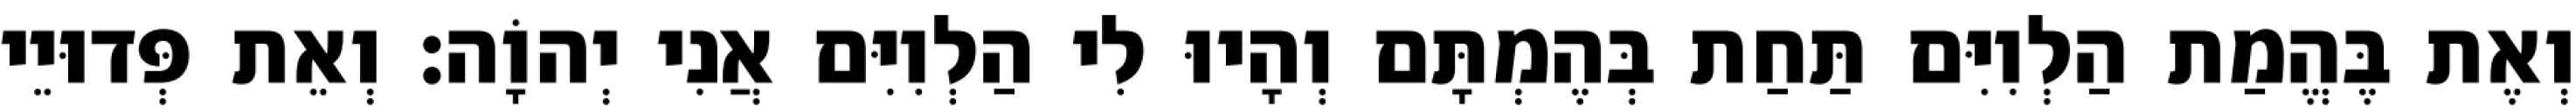
וְאֶת בֶּהֱמַת הַלְוִיִּם תַּחַת בְּהֶמְתָּם וְהָיוּ לִי הַלְוִיִּם אֲנִי יְהוָֹה׃ וְאֵת פְּדוּיֵי